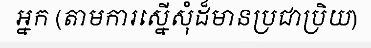
អ្នក (តាមការស្នើសុំដ៏មានប្រជាប្រិយ)